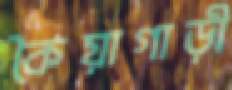
কৈয়াগাড়ী